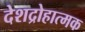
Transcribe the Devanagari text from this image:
देशद्रोहात्मक